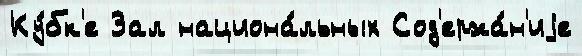
Ку́бк'е Зал национа́льных Сод'ержа́н'иjе